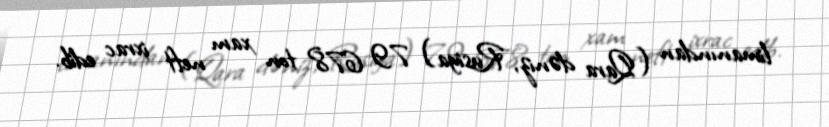
limanından (Qara dəniz, Rusiya) 79 678 ton xam neft ixrac edib.